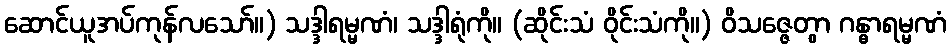
ဆောင်ယူအပ်ကုန်လသော်။) သဒ္ဒါရမ္မဏံ၊ သဒ္ဒါရုံကို။ (ဆိုင်းသံ ဝိုင်းသံကို။) ဝိသဇ္ဇေတွာ ဂန္ဓာရမ္မဏံ